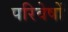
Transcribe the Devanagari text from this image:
परिवेषों